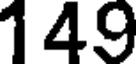
149